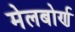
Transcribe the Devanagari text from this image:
मेलबोर्ण